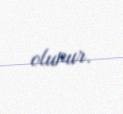
olunur.